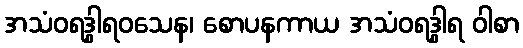
အသံဝရဒွါရဝသေန၊ စောပနကာယ အသံဝရဒွါရ ဝါစာ